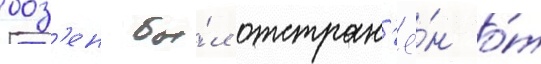
боз'ен бы́л отстран'ё́н о́т